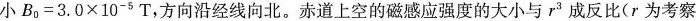
小$$B _ { 0 } = 3 . 0 \times 1 0 ^ { - 5 } T$$，方向沿经线向北。赤道上空的磁感应强度的大小与r^{3}成反比(r为考察